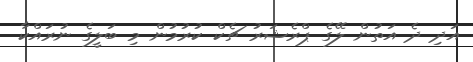
އަދި ދެ އަތުން ލޭގެ ޕްރެޝަރު ޗެކް ކުރުމުން މި ބަލީގެ ނުރައްކާ